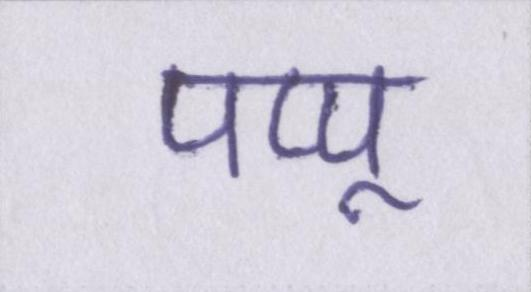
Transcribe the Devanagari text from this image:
पप्पू